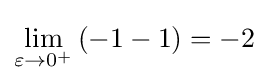
\lim _{\varepsilon \to 0^{+}}\left(-1-1\right)=-2